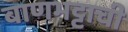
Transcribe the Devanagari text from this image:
बाणभट्टाची